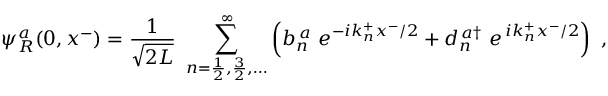
\psi _ { R } ^ { a } ( 0 , x ^ { - } ) = \frac { 1 } { \sqrt { 2 L } } ~ \sum _ { n = \frac { 1 } { 2 } , \frac { 3 } { 2 } , \dots } ^ { \infty } \left( b _ { n } ^ { \, a } ~ e ^ { - i k _ { n } ^ { + } x ^ { - } / 2 } + d _ { n } ^ { \, a \dag } ~ e ^ { \, i k _ { n } ^ { + } x ^ { - } / 2 } \right) ~ ,